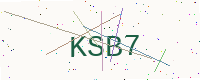
Text: KSB7